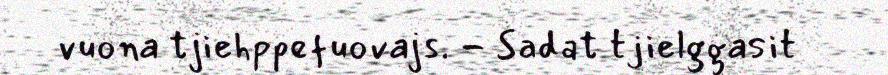
vuona tjiehppefuovajs. - Sadat tjielggasit